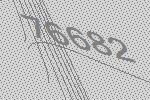
76682